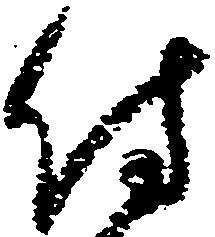
付